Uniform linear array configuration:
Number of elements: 24
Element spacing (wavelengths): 0.25
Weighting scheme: binomial
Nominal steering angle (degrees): -30
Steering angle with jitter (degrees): -30.846
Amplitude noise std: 0.05
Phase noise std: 0.05

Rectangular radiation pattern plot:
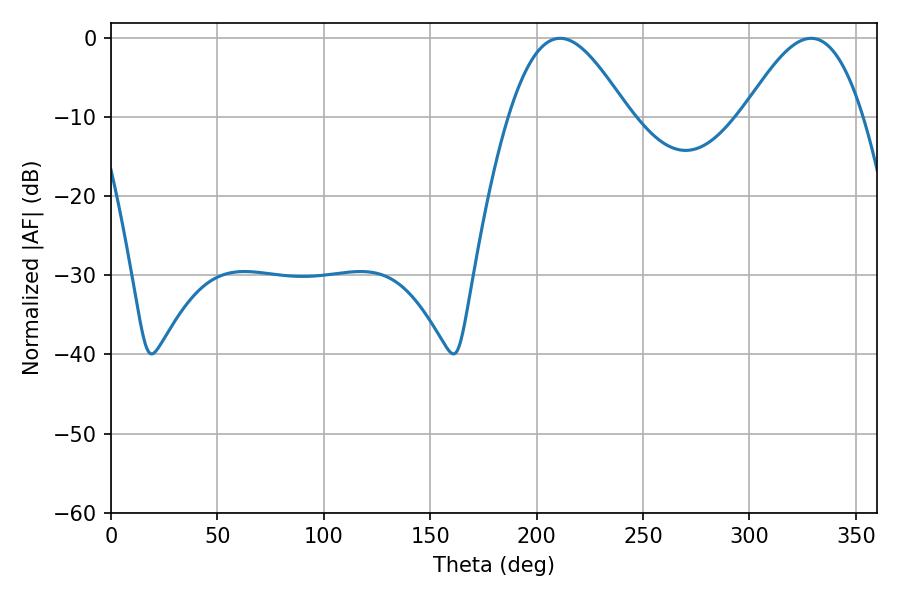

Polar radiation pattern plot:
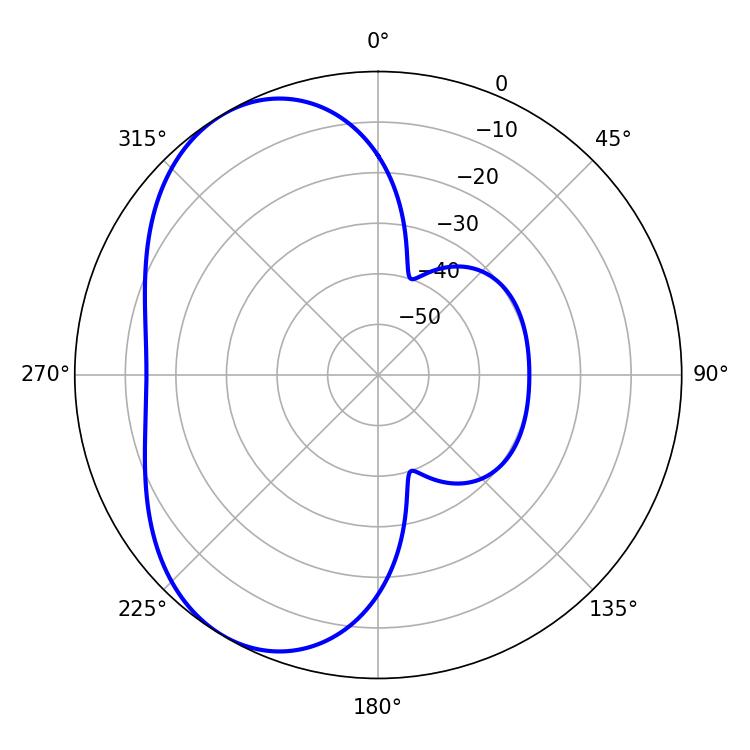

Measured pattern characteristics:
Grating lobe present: FALSE
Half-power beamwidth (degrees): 30.42
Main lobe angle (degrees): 210.96